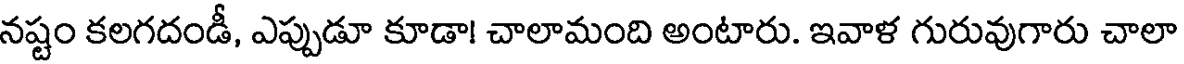
నష్టం కలగదండీ, ఎప్పుడూ కూడా! చాలామంది అంటారు. ఇవాళ గురువుగారు చాలా